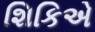
શિકિએ